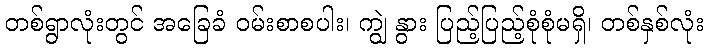
တစ်ရွာလုံးတွင် အခြေခံ ဝမ်းစာစပါး၊ ကျွဲ နွား ပြည့်ပြည့်စုံစုံမရှိ၊ တစ်နှစ်လုံး